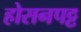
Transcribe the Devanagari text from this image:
होसनपट्ट